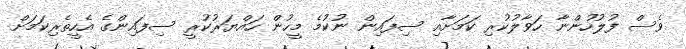
ވެސް ފުލުހުންނާ ހަވާލުކުރި ކަމަށާއި ސިފައިން ނުކުމެ މީހުން ހައްޔަރުކުރީ ސިފައިންގެ އެހީތެރިކަމަށް